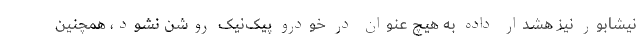
نیشابور نیز هشدار داده به هیچ عنوان در خودرو پیک‌نیک روشن نشود، همچنین